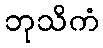
ဘုသိကံ